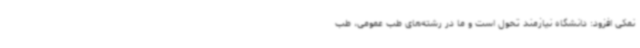
نمکی‌ افزود: دانشگاه نیازمند تحول است و ما در رشته‌های طب عمومی، طب